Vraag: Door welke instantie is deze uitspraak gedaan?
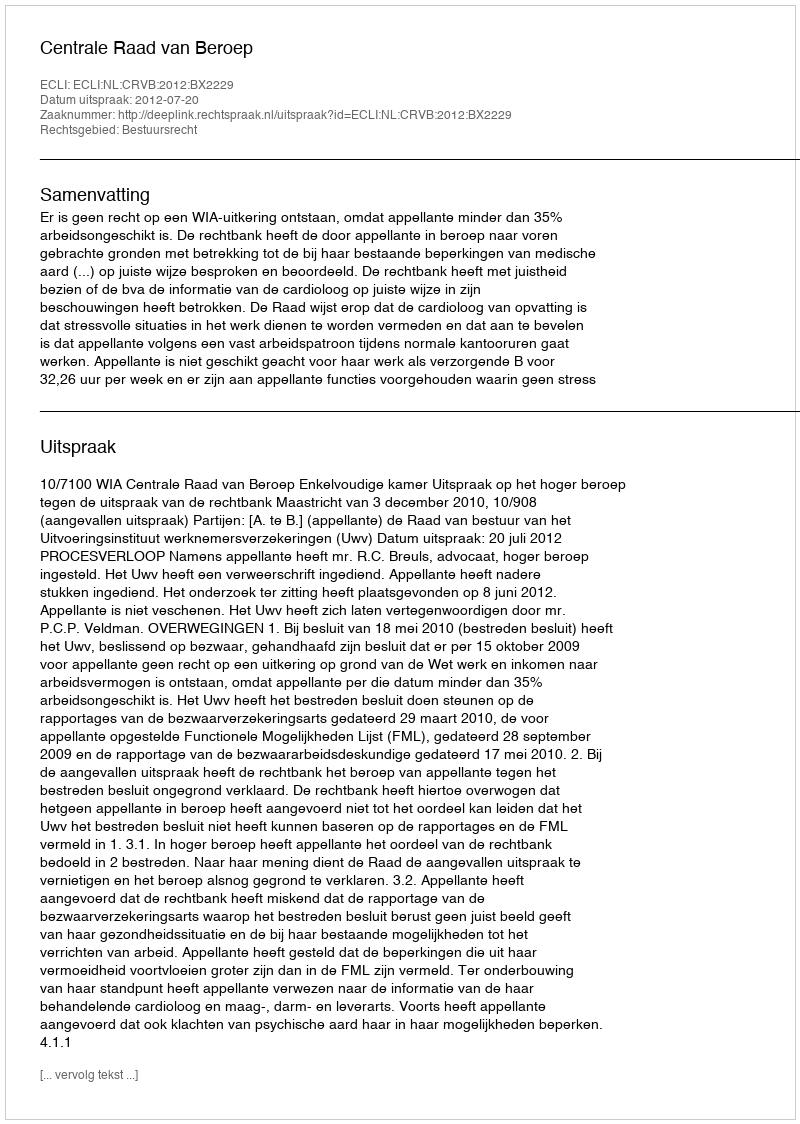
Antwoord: Centrale Raad van Beroep